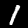
Label: 1